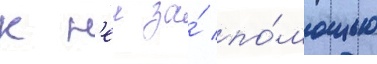
к н'еи за́ по́мощью